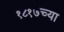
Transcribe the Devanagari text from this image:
१८१७च्या